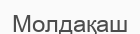
Молдақаш